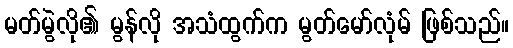
မတ်မွဲလို၏ မွန်လို အသံထွက်က မွတ်မော်လုံမ် ဖြစ်သည်။